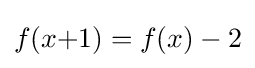
f(x{+}1)=f(x)-2